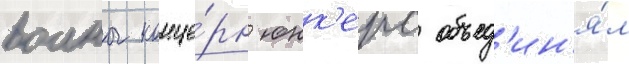
воины конце́рн юнк'ерс объед'ин'я́л